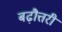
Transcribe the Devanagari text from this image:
बढ़ौत्तरी